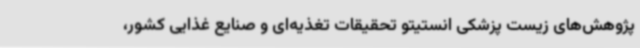
پژوهش‌های زیست پزشکی انستیتو تحقیقات تغذیه‌ای و صنایع غذایی کشور،